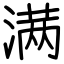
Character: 满